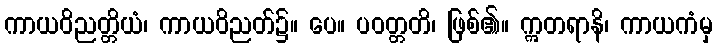
ကာယဝိညတ္တိယံ၊ ကာယဝိညတ်၌။ ပေ။ ပဝတ္တတိ၊ ဖြစ်၏။ ဣတရာနိ၊ ကာယကံမှ